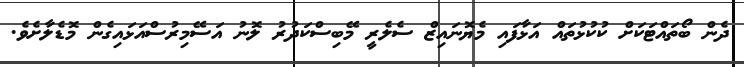
ދެން ބޯތައްޓަކަށް ކުކުޅުތައް އަޅާފައި މެޔޮނައިޒް ސެލެރީ މޭބިސްކަދުރު ލޮނު އަސޭމިރުސްއަޅައިގެން މޮޑެލާށެވެ.